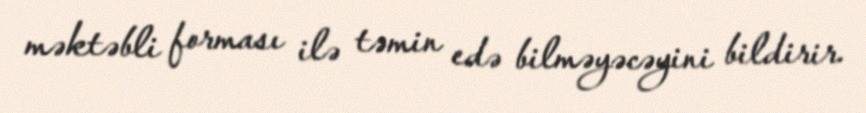
məktəbli forması ilə təmin edə bilməyəcəyini bildirir.